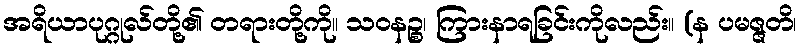
အရိယာပုဂ္ဂုလ်တို့၏ တရားတို့ကို။ သဝနဉ္စ၊ ကြားနာရခြင်းကိုလည်း။ (န ပမဇ္ဇတိ၊